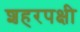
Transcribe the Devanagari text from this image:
शहरपक्षी